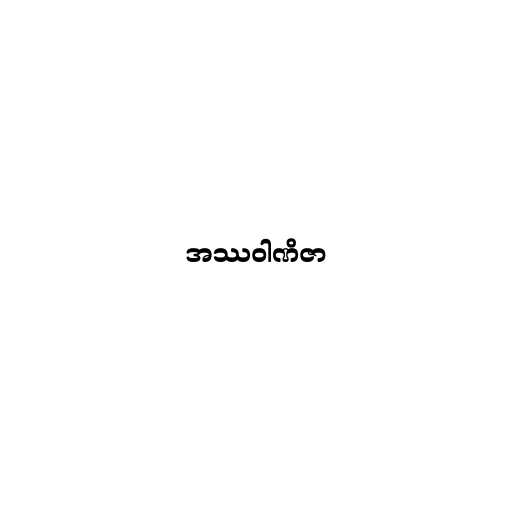
အဿဝါဏိဇာ